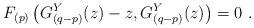
LaTeX: \begin{align*}F_{(p)}\left(G_{(q-p)}^Y(z)-z,G_{(q-p)}^Y(z)\right)=0\ .\end{align*}